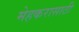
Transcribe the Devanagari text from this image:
मेहकरासाठी